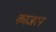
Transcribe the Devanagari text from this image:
काजरन